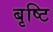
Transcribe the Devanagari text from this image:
बृष्टि